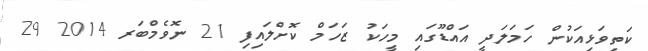
ކަތިވަޅިއަކުން ހަމަލަދީ އައްޑޫގައި މީހަކު ޒަހަމް ކޮށްލައިފި 21 ނޮވެމްބަރ 2014 29